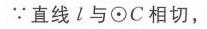
\(\because\)直线\(l\)与\(\odot C\)相切，